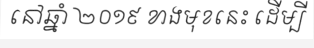
នៅឆ្នាំ ២០១៩ ខាងមុខនេះ ដើម្បី